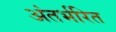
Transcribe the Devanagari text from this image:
अंतर्भरित